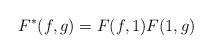
LaTeX: \begin{align*}F^{*}(f,g) = F(f,1) F(1,g)\end{align*}